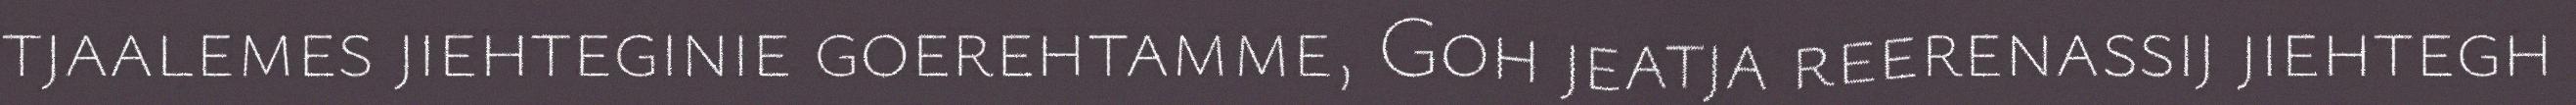
tjaalemes jiehteginie goerehtamme, Goh jeatja reerenassij jiehtegh